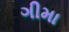
ગીમા